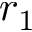
r _ { 1 }